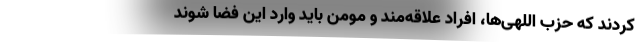
کردند که حزب اللهی‌ها، افراد علاقه‌مند و مومن باید وارد این فضا شوند